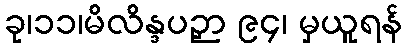
ခု၊၁၁၊မိလိန္ဒပဉှာ ၉၄၊ မှယူရန်